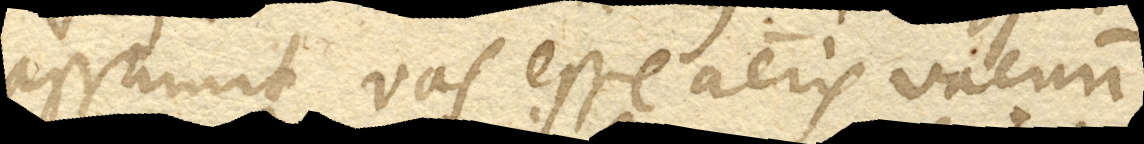
assumit vas esse aeris vacuum,